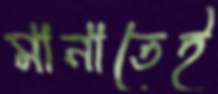
মানাতেই